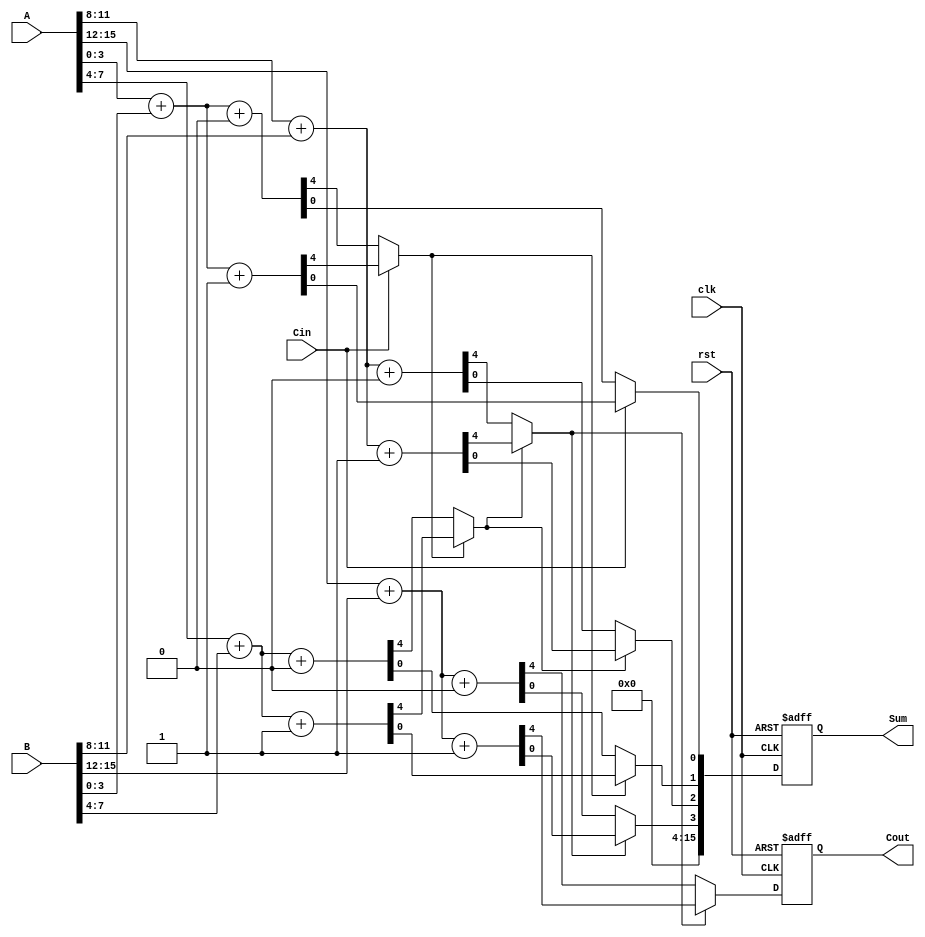
module pipelined_carry_select_adder #(parameter n = 16, parameter k = 4) (
    input [n-1:0] A,
    input [n-1:0] B,
    input Cin,
    input clk,
    input rst,
    output reg [n-1:0] Sum,
    output reg Cout
);

    localparam p = n / k; // Number of segments
    wire [k-1:0] Sum0 [0:p-1]; // Sum with Cin = 0 for each segment
    wire [k-1:0] Sum1 [0:p-1]; // Sum with Cin = 1 for each segment
    wire Cout0 [0:p-1]; // Carry out with Cin = 0 for each segment
    wire Cout1 [0:p-1]; // Carry out with Cin = 1 for each segment
    wire [p-1:0] selected_sum; // Selected sums for each segment
    wire [p:0] carry; // Carry propagation

    // Generate carries for each segment
    genvar i;
    generate
        for (i = 0; i < p; i = i + 1) begin : segment
            // Calculate sum and carry with Cin = 0
            assign {Cout0[i], Sum0[i]} = A[i*k +: k] + B[i*k +: k] + 1'b0;
            // Calculate sum and carry with Cin = 1
            assign {Cout1[i], Sum1[i]} = A[i*k +: k] + B[i*k +: k] + 1'b1;
        end
    endgenerate

    // Carry propagation from segment to segment
    assign carry[0] = Cin; // Initial carry-in
    generate
        for (i = 0; i < p; i = i + 1) begin : carry_selection
            // Select carry for the next segment
            assign carry[i + 1] = carry[i] ? Cout1[i] : Cout0[i];
        end
    endgenerate

    // Select the appropriate sum based on the carry
    generate
        for (i = 0; i < p; i = i + 1) begin : sum_selection
            assign selected_sum[i] = carry[i] ? Sum1[i] : Sum0[i];
        end
    endgenerate

    // Pipeline registers for output
    always @(posedge clk or posedge rst) begin
        if (rst) begin
            Sum <= 0;
            Cout <= 0;
        end else begin
            Sum <= {selected_sum[p-1], selected_sum[p-2], selected_sum[p-3], selected_sum[p-4]}; // Concatenate sums
            Cout <= carry[p]; // Final carry out
        end
    end

endmodule